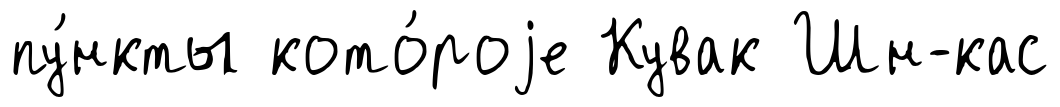
пу́нкты кото́роjе Кувак Шн-кас